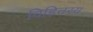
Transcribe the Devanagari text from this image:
विहितस्य